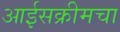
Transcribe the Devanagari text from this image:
आईसक्रीमचा